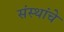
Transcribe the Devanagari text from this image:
संस्‍थांचे